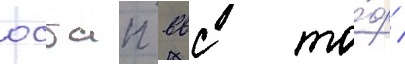
осбап ввс то́ф /